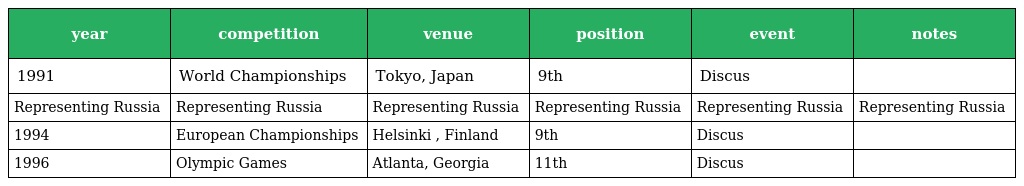
| year | competition | venue | position | event | notes |
 | --- | --- | --- | --- | --- | --- |
 | 1991 | World Championships | Tokyo, Japan | 9th | Discus |  |
 | Representing Russia | Representing Russia | Representing Russia | Representing Russia | Representing Russia | Representing Russia |
 | 1994 | European Championships | Helsinki , Finland | 9th | Discus |  |
 | 1996 | Olympic Games | Atlanta, Georgia | 11th | Discus |  |